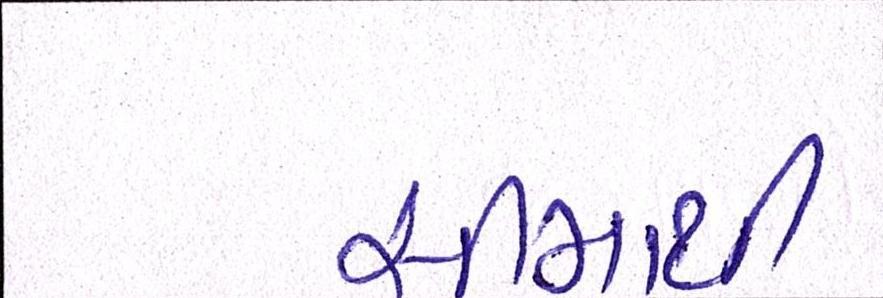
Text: સીમાથી